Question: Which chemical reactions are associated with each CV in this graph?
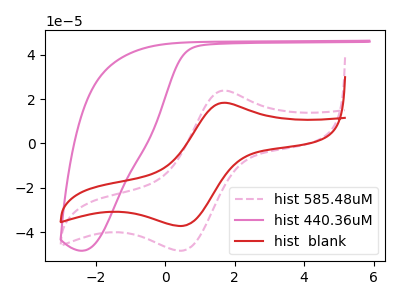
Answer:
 <answer>The pink dashed curve is labeled "hist 585.48uM". The pink curve is labeled "hist 440.36uM". The red curve is labeled "hist  blank".</answer>
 <eval></eval>